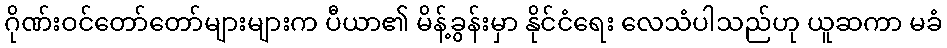
ဂိုဏ်းဝင်တော်တော်များများက ပီယာ၏ မိန့်ခွန်းမှာ နိုင်ငံရေး လေသံပါသည်ဟု ယူဆကာ မခံ